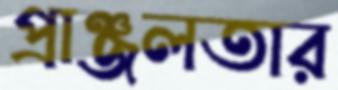
প্রাঞ্জলতার